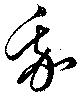
我